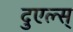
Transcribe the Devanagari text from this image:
दुएल्स्